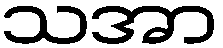
သအာ